Vaccine operations Central Provinces 1886-1899 - 1886-1899
Year: 1886
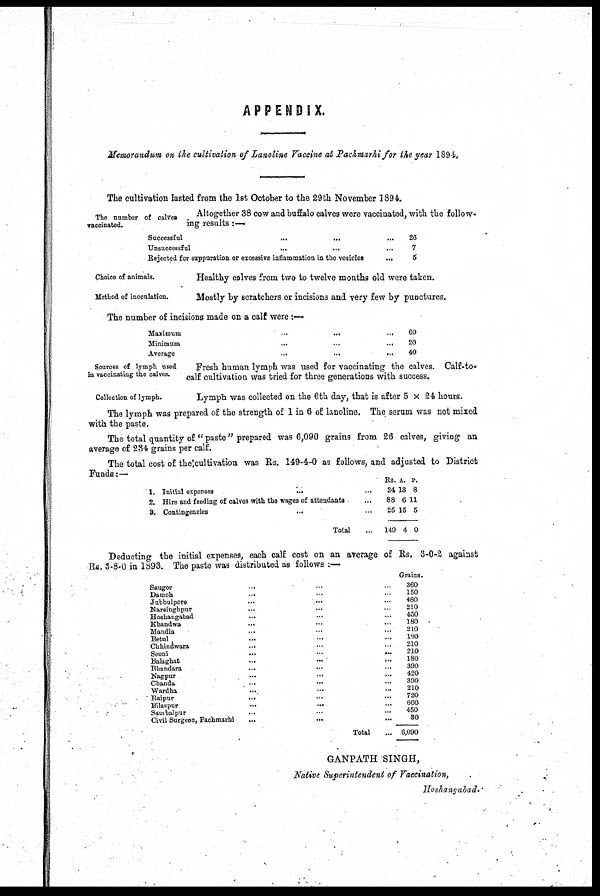
APPENDIX.
Memorandum on the cultivation of Lanoline Vaccine at Pachmarhi for the year 1894.
The cultivation lasted from the 1st October to the 29th November 1894.
The number of calves
vaccinated.
Altogether 38 cow and buffalo calves were vaccinated, with the follow¬
ing results:—
Successful
...
... ...
Unsuccessful
...
...
...
Rejected for suppuration or excessive inflammation in the vesicles
...
26
7
5
Choice of animals.
Healthy calves from two to twelve months old were taken.
Method of inoculation.
Mostly by scratchers or incisions and very few by punctures.
The number of incisions made on a calf were :—
Maximum
...
...
...
Minimum
...
...
...
Average
...
...
...
60
20
40
Sources of lymph used
in vaccinating the calves.
Fresh human lymph was used for vaccinating the calves. Calf-to-
calf cultivation was tried for three generations with success.
Collection of lymph.
Lymph was collected on the 6th day, that is after 5 x 24 hours.
The lymph was prepared of the strength of 1 in 6 of lanoline. The serum was not mixed
with the paste.
The total quantity of " paste" prepared was 6,090 grains from 26 calves, giving an
average of 234 grains per calf.
The total cost of the cultivation was Rs. 149-4-0 as follows, and adjusted to District
Funds:—
1. Initial expenses
...
...
2. Hire and feeding of calves with the wages of attendants ...
8. Contingencies
...
...
Total ...
Rs.
34
88
25
140
A.
13
6
15
4
P.
8
11
5
0
Deducting the initial expenses, each calf cost on an average of Rs. 3-0-2 against
Rs, 3-8-0 in 1893. The paste was distributed as follows :—
Saugor ... ... ...
Damoh
...
...
...
Jubbulpore ... ... ...
Narsinghpur ... ... ...
Hoshangabad
... ... ...
Khandwa
...
...
...
Mandla ... ... ...
Betul ... ... ...
Chhindwara
... ... ...
Seoni
...
...
...
Balaghat
...
...
...
Bhandara ... ... ...
Nagpur ... ... ...
Chanda ... ... ...
Wardha ... ... ...
Raipur ... ... ...
Bilaspur
..
...
...
Sambalpur ... ... ...
Civil Surgeon, Pachmarhi
...
...
...
Total
Grains.
360
150
480
210
450
180
210
180
210
210
180
390
420
390
210
720
660
450
80
6,090
GANPATH SINGH,
Native Superintendent of Vaccination
Hoshangabad.